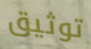
توثيق